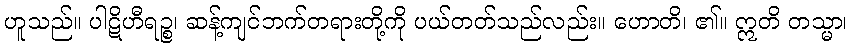
ဟူသည်။ ပါဋိဟီရဉ္စ၊ ဆန့်ကျင်ဘက်တရားတို့ကို ပယ်တတ်သည်လည်း။ ဟောတိ၊ ၏။ ဣတိ တသ္မာ၊